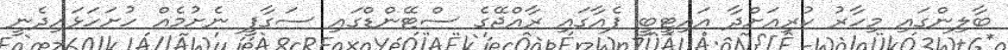
ބާލިންގައި މިހާރު ކުރިއަށްދާ އައިޓީބީ ފެއާގައި ރާއްޖޭގެ ސްޓޭންޑްގައި ސަގާފީ ނެށުމެއް ހުށަހަޅައިދެނީ